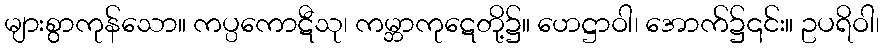
များစွာကုန်သော။ ကပ္ပကောဋီသု၊ ကမ္ဘာကုဋေတို့၌။ ဟေဋ္ဌာဝါ၊ အောက်၌၎င်း။ ဥပရိဝါ၊